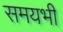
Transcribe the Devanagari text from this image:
समयभी